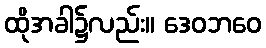
ထိုအခါ၌လည်း။ ဒေဝဘဝေ